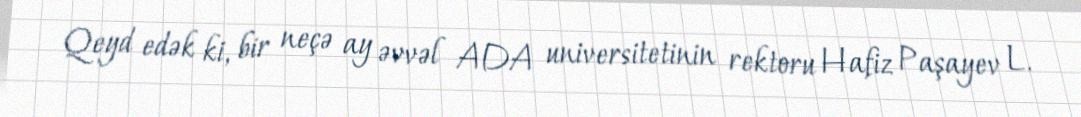
Qeyd edək ki, bir neçə ay əvvəl ADA universitetinin rektoru Hafiz Paşayev L.